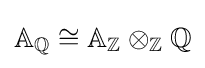
\mathbb {A} _{\mathbb {Q} }\cong \mathbb {A} _{\mathbb {Z} }\otimes _{\mathbb {Z} }\mathbb {Q}